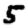
Digit: 5